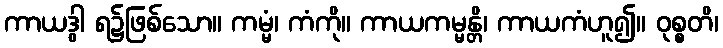
ကာယဒွါ ရ၌ဖြစ်သော။ ကမ္မံ၊ ကံကို။ ကာယကမ္မန္တိ၊ ကာယကံဟူ၍။ ဝုစ္စတိ၊